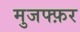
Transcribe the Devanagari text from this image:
मुजफ्फ़र